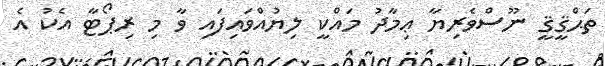
ތަޙްޤީޤީ ނޫސްވެރިޔާ ޢިމާދު މައްކީ ލިޔުއްވައިފައި ވާ މި ރިޕޯޓާ އެކު އެ